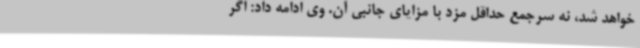
خواهد شد، نه سرجمع حداقل مزد با مزایای جانبی آن. وی ادامه داد: اگر